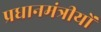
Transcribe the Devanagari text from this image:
प्रधानमंत्रीयों